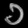
Digit: ၁